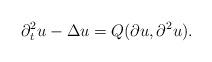
LaTeX: \begin{align*}\partial_t^2 u - \Delta u = Q(\partial u, \partial^2u).\end{align*}